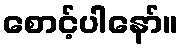
စောင့်ပါနော်။